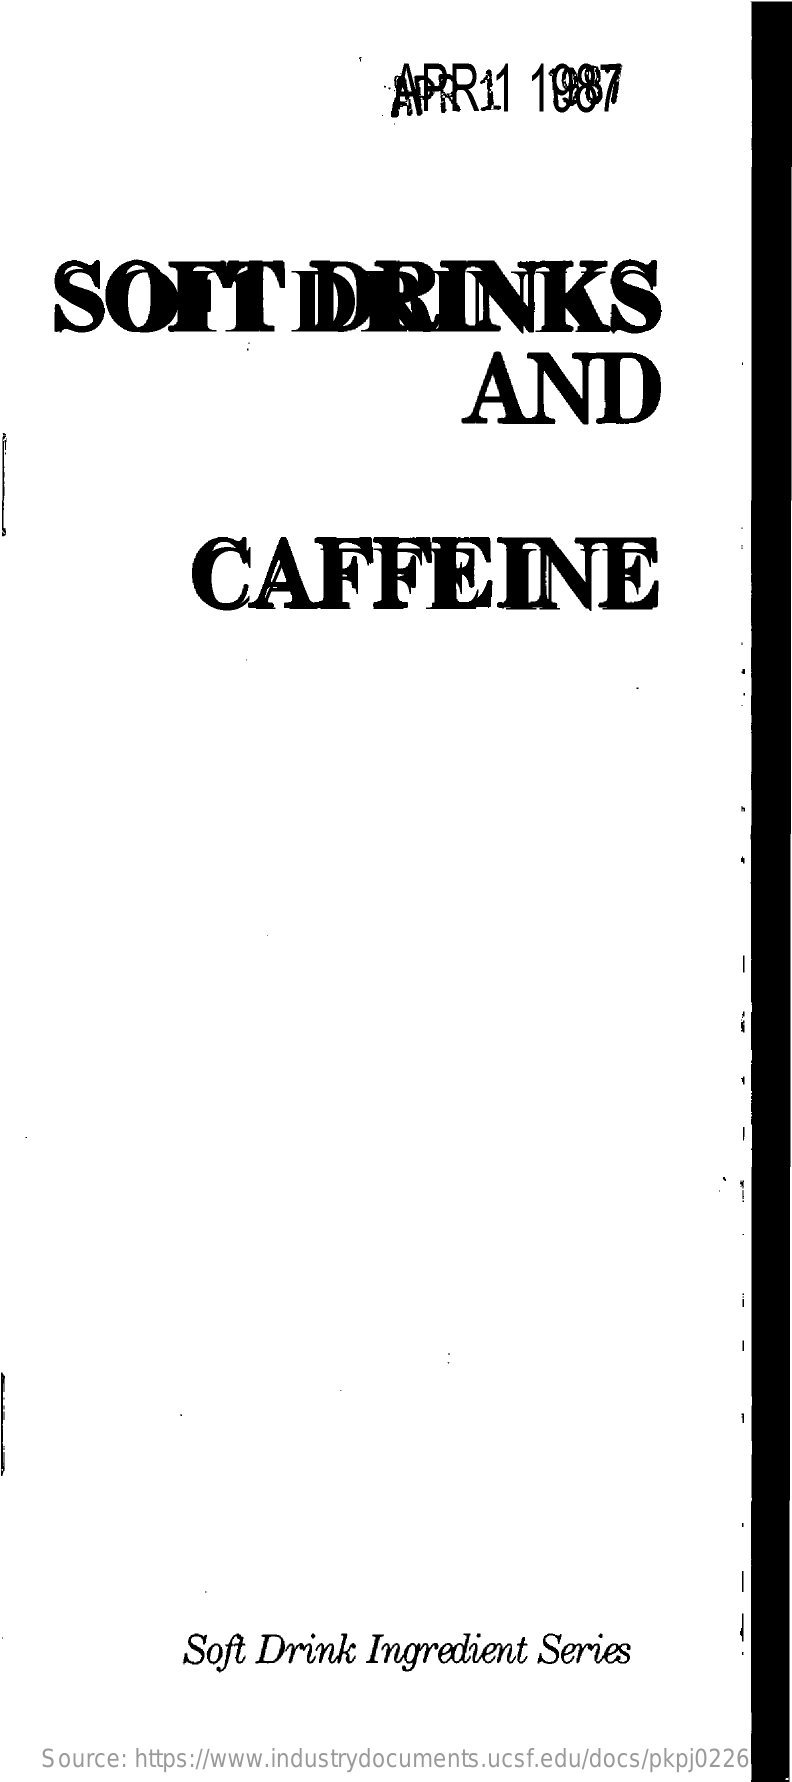
ARR11    1987
    SOFTDRINKS
     AND
     CAFFEINE
     -
     --
     -
     --
     -
     Soft Drink    Ingredient    Series
    Source: https://www.industrydocuments.ucsf.edu/docs/pkpj0226